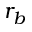
r _ { b }